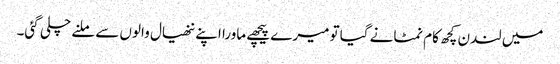
میں لندن کچھ کام نمٹانے گیا تو میرے پیچھے ماورا اپنے ننھیال والوں سے ملنے چلی گئی۔